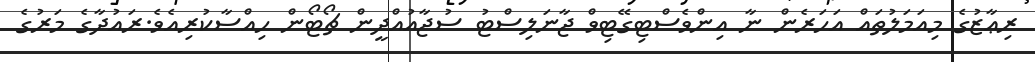
ރިޢާޒުގެ މިއަމަލުތައް އަހަރެން ނާ އިންވެސްޓިގޭޓިވް ޖާނަލިސްޓު ސުޖާއުއްދީން ޗޯޓޯން ހިއްސާކުރިއެވެ.ރައުދާގެ މަރުގެ